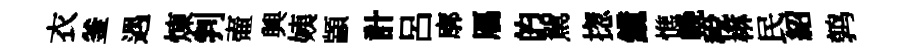
衣釜遇煉判壷興姨顓計呂廓鴈的駕揔鏡憔輓稅楙民紹鹑